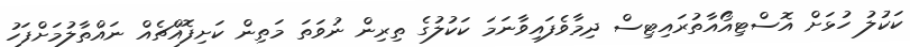
ކަކުލު ހުޅަށް އޮސްޓިއޯއާތުރައިޓިސް ދިމާވެފައިވާނަމަ ކަކުލުގެ ތިރިން ނުވަތަ މަތިން ކަށިފޮއްޗެއް ނައްތާލުމަށްފަހު